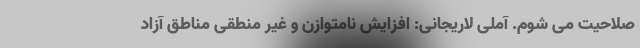
صلاحیت می شوم. آملی لاریجانی: افزایش نامتوازن و غیر منطقی مناطق آزاد